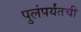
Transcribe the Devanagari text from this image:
पुलंपर्यंतची